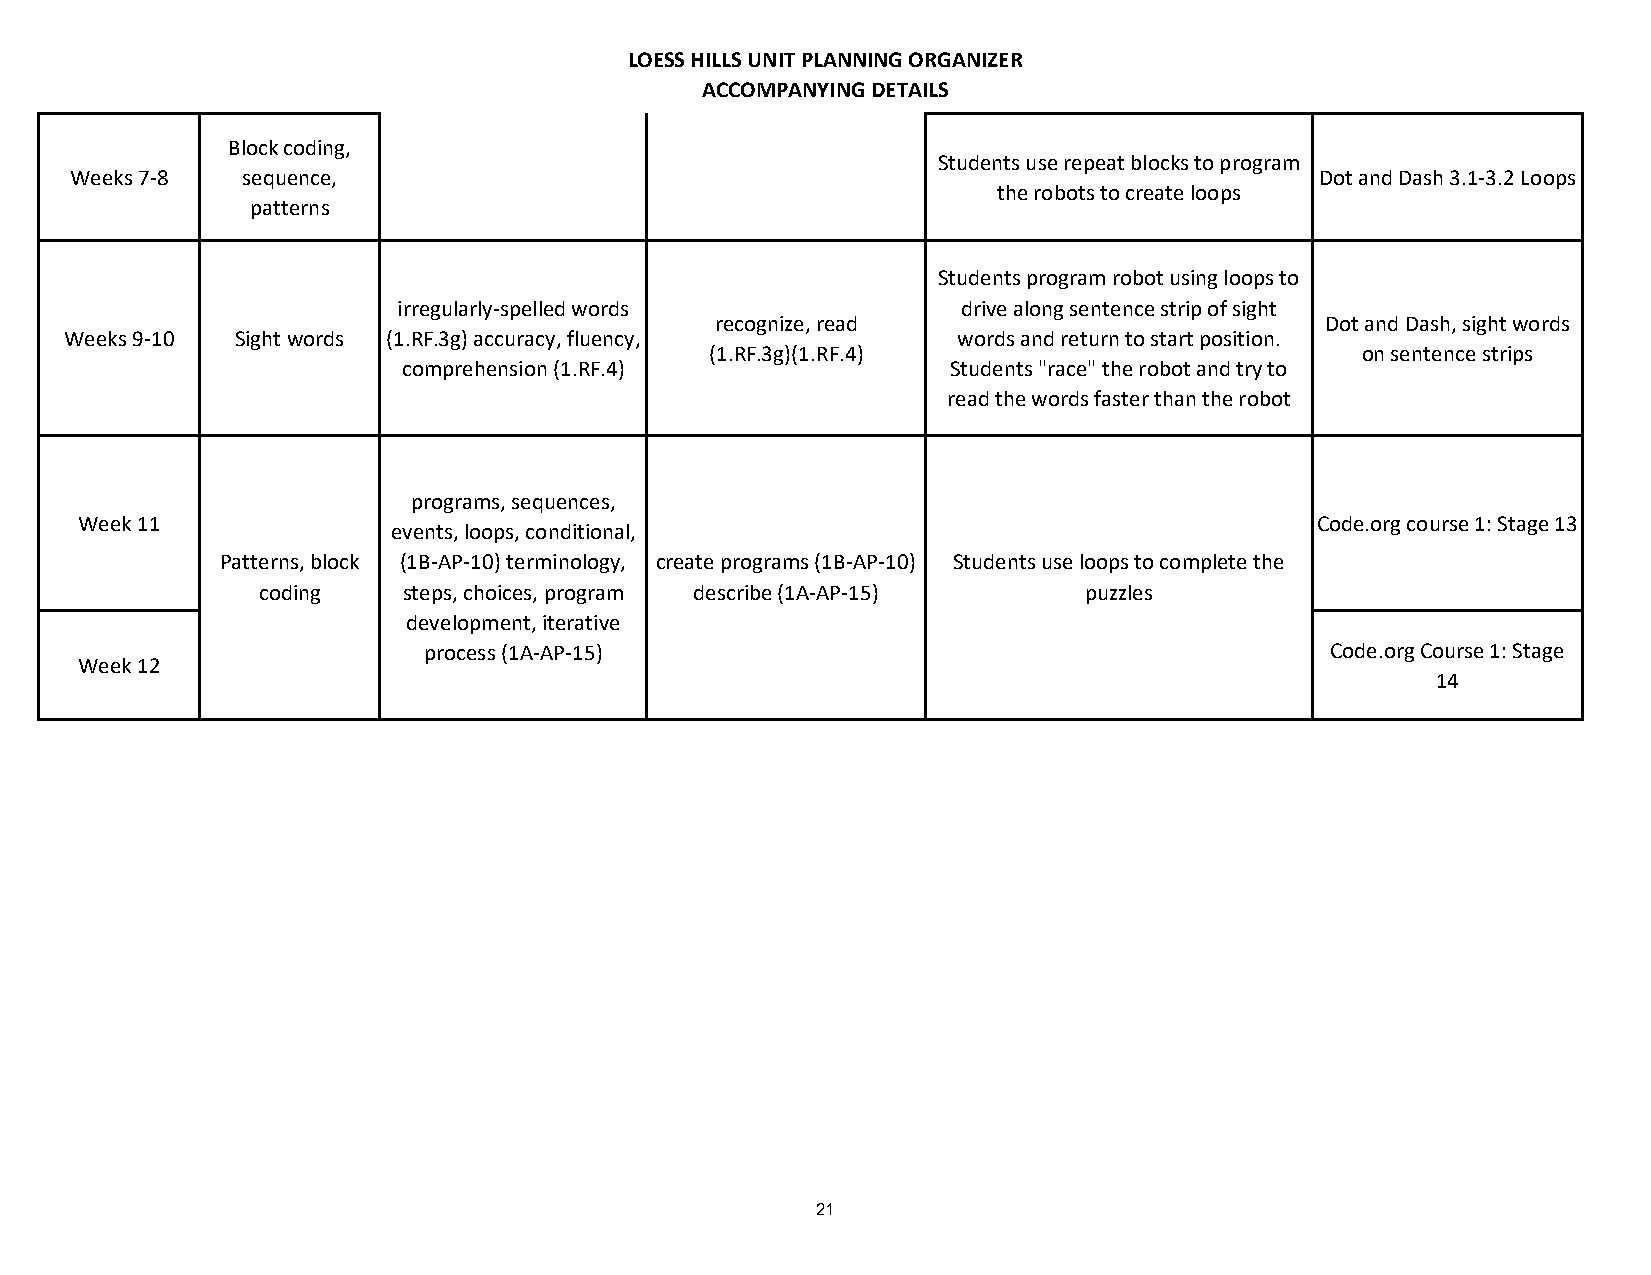
programs, sequences,
 events, loops, conditionals,
 (1B-AP-10) terminology, create programs (1B-AP-10)
 steps, choices, program describe (1A-AP-15)
 development, iterative
 process (1A-AP-15)
 LOESS HILLS UNIT PLANNING ORGANIZER
 ACCOMPANYING DETAILS
 Block coding,
 Students use repeat blocks to program
 Weeks 7-8  sequence,                                                              Dot and Dash 3.1-3.2 Loops
 the robots to create loops
 patterns
 Students program robot using loops to
 irregularly-spelled words             drive along sentence strip of sight
 recognize, read                          Dot and Dash, sight words
 Weeks 9-10  Sight words (1.RF.3g) accuracy, fluency,       words and return to start position.
 (1.RF.3g)(1.RF.4)                          on sentence strips
 comprehension (1.RF.4)              Students "race" the robot and try to
 read the words faster than the robot
 programs, sequences,
 Week 11                                                                           Code.org course 1: Stage 13
 events, loops, conditional,
 Patterns, block (1B-AP-10) terminology, create programs (1B-AP-10) Students use loops to complete the
 coding    steps, choices, program describe (1A-AP-15)  puzzles
 development, iterative
 process (1A-AP-15)                                          Code.org Course 1: Stage
 Week 12
 14
 21